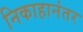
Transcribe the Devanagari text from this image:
निकाहानंतर